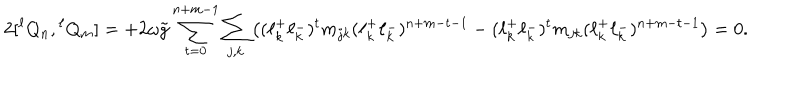
LaTeX: 2 [ { } ^ { \ell } Q _ { n } , { } ^ { \ell } Q _ { m } ] = + 2 \omega \tilde { g } \sum _ { t = 0 } ^ { n + m - 1 } \sum _ { j , k } \left( ( \ell _ { k } ^ { + } \ell _ { k } ^ { - } ) ^ { t } m _ { j k } ( \ell _ { k } ^ { + } \ell _ { k } ^ { - } ) ^ { n + m - t - 1 } - ( \ell _ { k } ^ { + } \ell _ { k } ^ { - } ) ^ { t } m _ { j k } ( \ell _ { k } ^ { + } \ell _ { k } ^ { - } ) ^ { n + m - t - 1 } \right) = 0 .